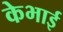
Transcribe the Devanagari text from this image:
केभाई